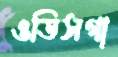
ওডিসগা